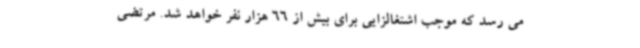
می رسد که موجب اشتغالزایی برای بیش از 66 هزار نفر خواهد شد. مرتضی